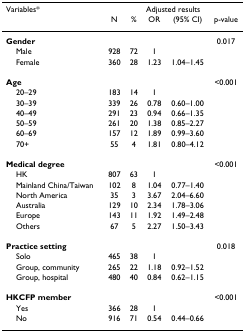
| Variables* | <COLSPAN=5> Adjusted results |
 |  | N | % | OR | (95% CI) | p-value |
 | --- | --- | --- | --- | --- | --- |
 | Gender |  |  |  |  | 0.017 |
 | Male | 928 | 72 | 1 |  |  |
 | Female | 360 | 28 | 1.23 | 1.04–1.45 |  |
 | Age |  |  |  |  | <0.001 |
 | 20–29 | 183 | 14 | 1 |  |  |
 | 30–39 | 339 | 26 | 0.78 | 0.60–1.00 |  |
 | 40–49 | 291 | 23 | 0.94 | 0.66–1.35 |  |
 | 50–59 | 261 | 20 | 1.38 | 0.85–2.27 |  |
 | 60–69 | 157 | 12 | 1.89 | 0.99–3.60 |  |
 | 70+ | 55 | 4 | 1.81 | 0.80–4.12 |  |
 | Medical degree |  |  |  |  | <0.001 |
 | HK | 807 | 63 | 1 |  |  |
 | Mainland China/Taiwan | 102 | 8 | 1.04 | 0.77–1.40 |  |
 | North America | 35 | 3 | 3.67 | 2.04–6.60 |  |
 | Australia | 129 | 10 | 2.34 | 1.78–3.06 |  |
 | Europe | 143 | 11 | 1.92 | 1.49–2.48 |  |
 | Others | 67 | 5 | 2.27 | 1.50–3.43 |  |
 | Practice setting |  |  |  |  | 0.018 |
 | Solo | 465 | 38 | 1 |  |  |
 | Group, community | 265 | 22 | 1.18 | 0.92–1.52 |  |
 | Group, hospital | 480 | 40 | 0.84 | 0.62–1.15 |  |
 | HKCFP member |  |  |  |  | <0.001 |
 | Yes | 366 | 28 | 1 |  |  |
 | No | 916 | 71 | 0.54 | 0.44–0.66 |  |